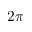
2 \pi